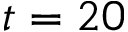
t = 2 0